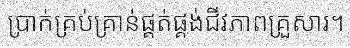
ប្រាក់គ្រប់គ្រាន់ផ្គត់ផ្គង់ជីវភាពគ្រួសារ។